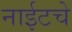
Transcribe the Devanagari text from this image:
नाईटचे